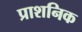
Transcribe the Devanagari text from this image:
प्राशनिक